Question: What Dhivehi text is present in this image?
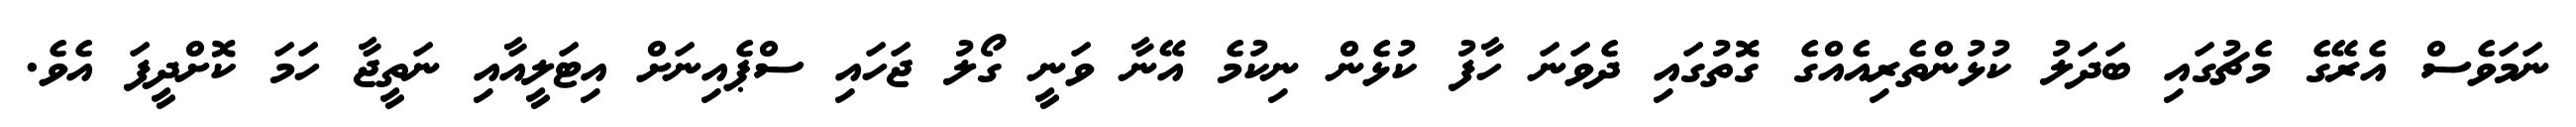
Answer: ނަމަވެސް އެރޭގެ މެޗުގައި ބަދަލު ކުޅުންތެރިއެއްގެ ގޮތުގައި ދެވަނަ ހާފު ކުޅެން ނިކުމެ އޭނާ ވަނީ ގޯލު ޖަހައި ސްޕެއިނަށް އިޓަލީއާއި ނަތީޖާ ހަމަ ކޮށްދީފަ އެވެ.